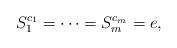
LaTeX: \begin{align*}S_{1}^{c_{1}}=\cdots =S_{m}^{c_{m}}=e,\end{align*}